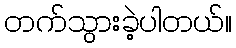
တက်သွားခဲ့ပါတယ်။